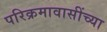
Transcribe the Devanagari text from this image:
परिक्रमावासींच्या